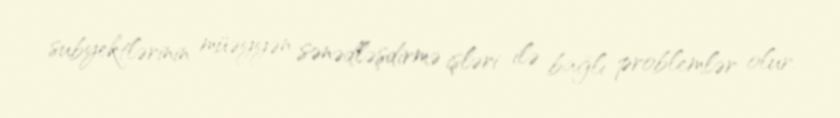
subyektlərinin müəyyən sənədləşdirmə işləri ilə bağlı problemlər olur.